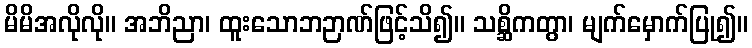
မိမိအလိုလို။ အဘိညာ၊ ထူးသောဘဉာဏ်ဖြင့်သိ၍။ သစ္ဆိကတွာ၊ မျက်မှောက်ပြု၍။